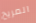
المريح